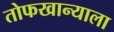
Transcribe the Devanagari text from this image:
तोफखान्याला